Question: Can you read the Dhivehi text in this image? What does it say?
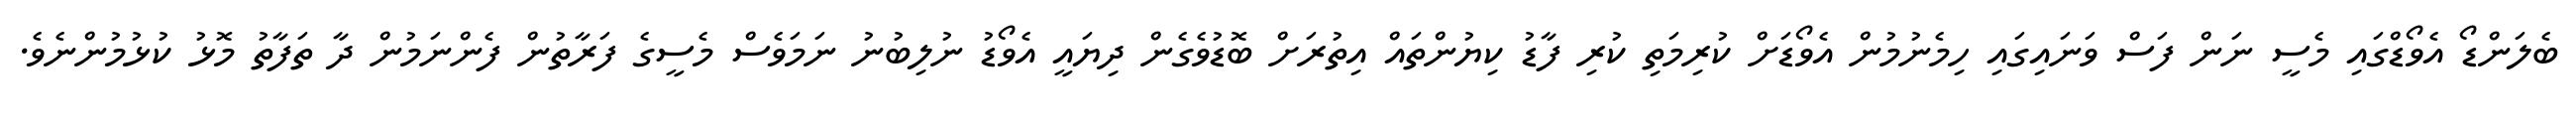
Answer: ބެލަންޑޯ އެވޯޑްގައި މެސީ ނަން ފަސް ވަނައިގައި ހިމެނުމުން އެވޯޑަށް ކުރިމަތި ކުރި ފާޑު ކިޔުންތައް އިތުރަށް ބޮޑުވެގެން ދިޔައީ އެވޯޑު ނުލިބުނު ނަމަވެސް މެސީގެ ފަރާތުން ފެންނަމުން ދާ ތަފާތު މޮޅު ކުޅުމުންނެވެ.